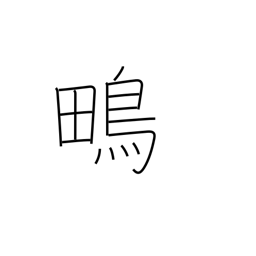
Meaning: snipe